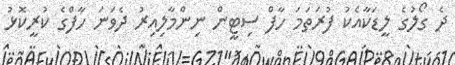
ދެ ގޯލުގެ ލީޑަކާއެކު ފުރަތަމަ ހާފް ސިޓީން ނިންމާލިއިރު ދެވަނަ ހާފްގެ ކުރީކޮޅު